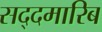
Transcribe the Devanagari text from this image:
सद्दमारिब